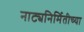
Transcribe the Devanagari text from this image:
नाट्यनिर्मितीच्या